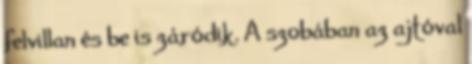
felvillan és be is záródik. A szobában az ajtóval